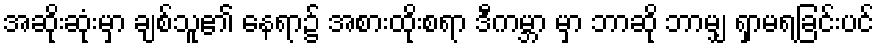
အဆိုးဆုံးမှာ ချစ်သူ၏ နေရာ၌ အစားထိုးစရာ ဒီကမ္ဘာ မှာ ဘာဆို ဘာမျှ ရှာမရခြင်းပင်